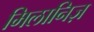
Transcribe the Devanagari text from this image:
मिलानिज़